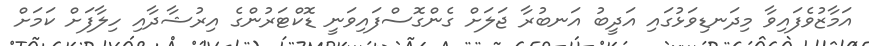
އަމާޒުވެފައިވާ މިދަނޑިވަޅުގައި އަދީބު އަނބުރާ ޖަލަށް ގެންގޮސްފައިވަނީ ޑޮކްޓަރުންގެ އިރުޝާދާއި ހިލާފަށް ކަމަށް